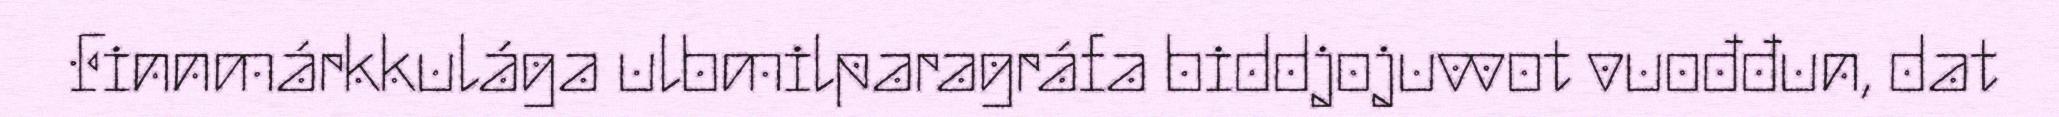
Finnmárkkulága ulbmilparagráfa biddjojuvvot vuođđun, dat